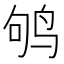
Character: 鸲